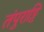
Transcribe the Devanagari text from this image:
तंपुराट्टि